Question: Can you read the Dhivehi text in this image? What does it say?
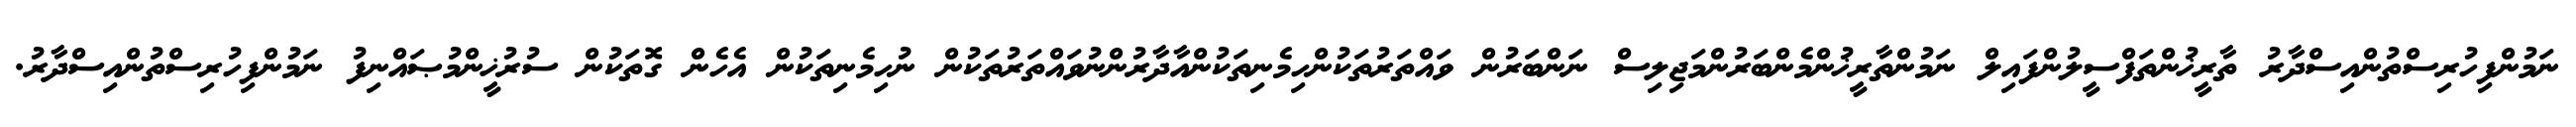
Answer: ނަމުންފިހުރިސްތުންއިސްދާރު ތާރީޚުންތަފްސީލުންފައިލް ނަމުންތާރީޚުންމެންބަރުންމަޖިލިސް ނަންބަރުން ވައްތަރުތަކުންހިމެނިތަކުންއާދާރުންނުވައްތަރުތަކުން ނުހިމެނިތަކުން އެހެން ގޮތަކުން ސުރުޚީންމުޞައްނިފު ނަމުންފިހުރިސްތުންއިސްދާރު.